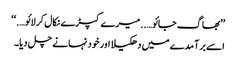
’’بھاگ جائو…..میرے کپڑے نکال کر لائو….‘‘
اسے برآمدے میں دھکیلا اور خود نہانے چل دیا۔